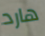
هارد